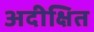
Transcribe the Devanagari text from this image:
अदीक्षित